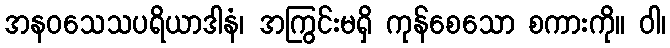
အနဝသေသပရိယာဒါနံ၊ အကြွင်းမရှိ ကုန်စေသော စကားကို။ ဝါ၊